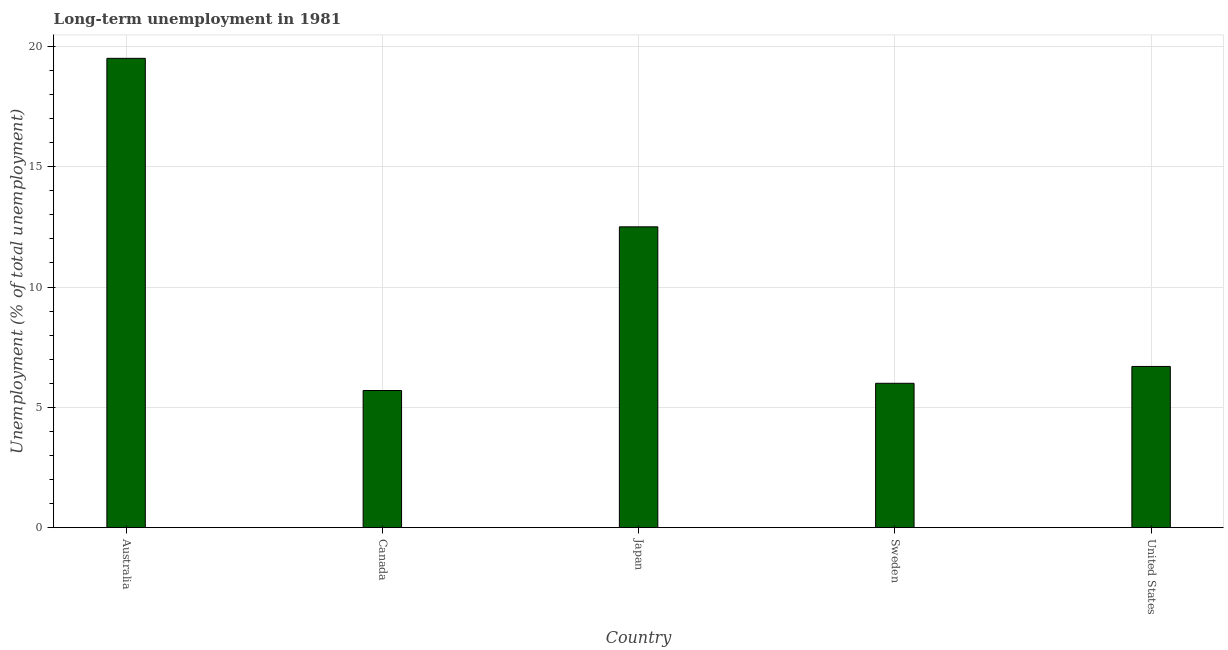
| Country | Long-term unemployment  |
 | --- | --- |
 | Australia | 19.5 |
 | Canada | 5.7 |
 | Japan | 12.5 |
 | Sweden | 6 |
 | United States | 6.7 |